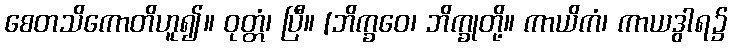
စေတသိကောတိဟူ၍။ ဝုတ္တံ၊ ပြီ။ [ဘိက္ခဝေ၊ ဘိက္ခုတို့။ ကာယိကံ၊ ကာယဒွါရ၌